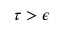
\tau > \epsilon